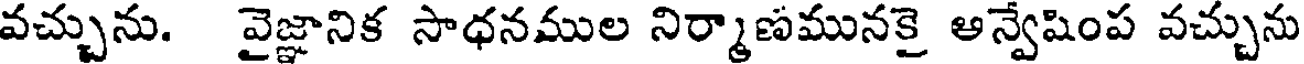
వచ్చును. వైజ్ఞానిక సాధనముల నిర్మాణమునకై అన్వేషింప వచ్చును